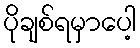
ပိုချစ်ရမှာပေါ့